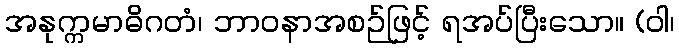
အနုက္ကမာဓိဂတံ၊ ဘာဝနာအစဉ်ဖြင့် ရအပ်ပြီးသော။ (ဝါ၊